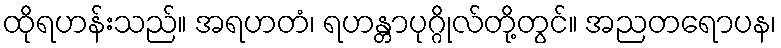
ထိုရဟန်းသည်။ အရဟတံ၊ ရဟန္တာပုဂ္ဂိုလ်တို့တွင်။ အညတရောပန၊